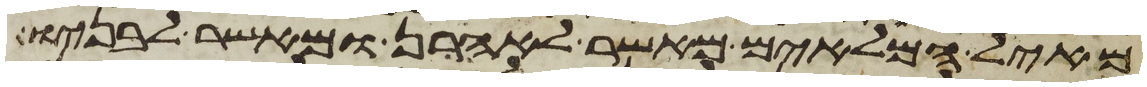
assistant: מאיל המלאים מאשר לאהרן ומאשר לבניו